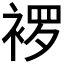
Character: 𬡠